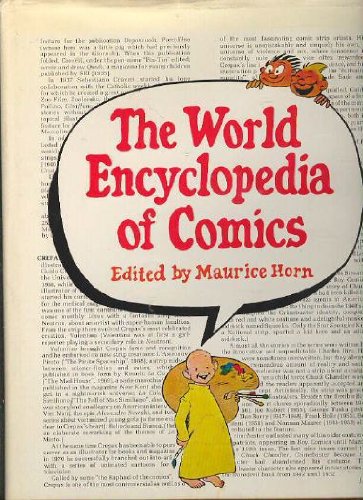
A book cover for The World Encyclopedia of Comics; Reference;